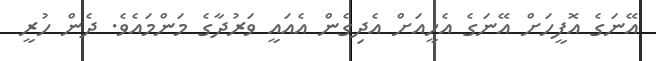
އޭނަގެ އޮފީހަށް އޭނަގެ އެހީއަށް އެދިގެން އެއައީ ވަރުދާގެ މަންމައެވެ. ދެން ހުރީ